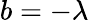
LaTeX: b=-\lambda